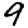
Digit: 9